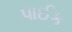
પાઈક